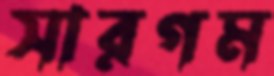
সারগম